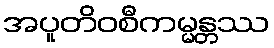
အပူတိဝစီကမ္မန္တဿ